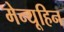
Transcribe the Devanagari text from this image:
मेन्यूहिन